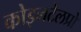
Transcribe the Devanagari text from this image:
कोइनटेलप्रो